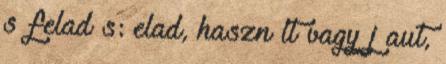
s felad s: elad, haszn lt vagy j aut,